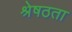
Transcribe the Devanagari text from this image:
श्रेषठता